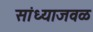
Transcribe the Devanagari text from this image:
सांध्याजवळ